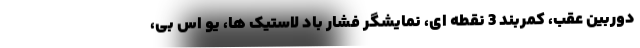
دوربین عقب، کمربند 3 نقطه ای، نمایشگر فشار باد لاستیک ها، یو اس بی،